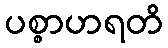
ပစ္စာဟရတိ